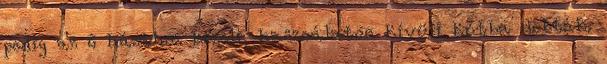
pedig az ő házához közeli, használaton kívüli kútba dobták.